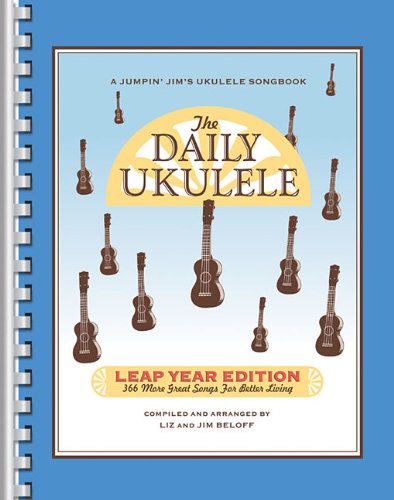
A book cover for The Daily Ukulele Leap Year Edition (Fake Book) (Jumpin' Jim's Ukulele Songbooks); Jim Beloff; Arts & Photography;